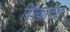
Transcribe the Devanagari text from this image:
त्रिरेकादश